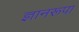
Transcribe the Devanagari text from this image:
ज्ञानरूपा